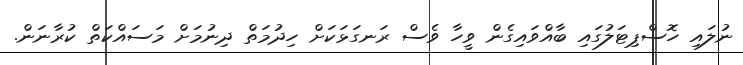
ނުލައި ހޮސްޕިޓަލުގައި ބާއްވައިގެން ވީހާ ވެސް ރަނގަޅަކަށް ހިދުމަތް ދިނުމަށް މަސައްކަތް ކުރާނަން.